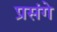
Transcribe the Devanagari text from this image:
प्रसंगे